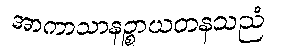
အာကာသာနဉ္စာယတနသညံ